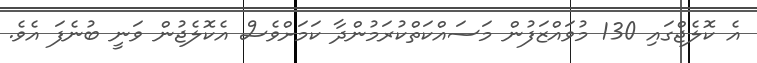
އެ ކޮލެޖްގައި 130 މުވައްޒަފުން މަސައްކަތްކުރަމުންދާ ކަމަށްވެސް އެކޮލެޖުން ވަނީ ބުނެފަ އެވެ.